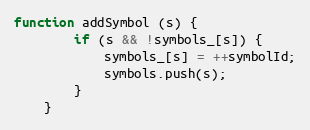
Language: JavaScript
function addSymbol (s) {
        if (s && !symbols_[s]) {
            symbols_[s] = ++symbolId;
            symbols.push(s);
        }
    }